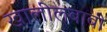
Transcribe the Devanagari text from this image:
खालीलबाबी